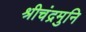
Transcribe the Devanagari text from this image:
श्रीचंद्रमुनि